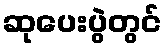
ဆုပေးပွဲတွင်